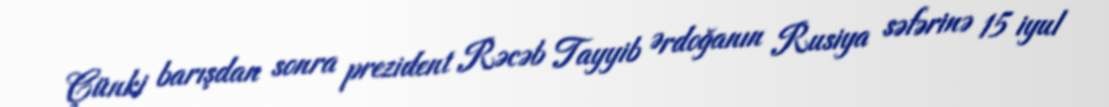
Çünki barışdan sonra prezident Rəcəb Tayyib Ərdoğanın Rusiya səfərinə 15 iyul